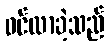
ဝင်လာခဲ့သည်